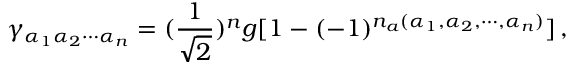
\gamma _ { \alpha _ { 1 } \alpha _ { 2 } \cdots \alpha _ { n } } = ( { \frac { 1 } { \sqrt 2 } } ) ^ { n } g [ 1 - ( - 1 ) ^ { n _ { a } ( \alpha _ { 1 } , \alpha _ { 2 } , \cdots , \alpha _ { n } ) } ] \, ,